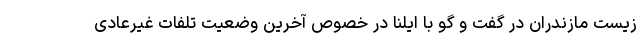
زیست مازندران در گفت و گو با ایلنا در خصوص آخرین وضعیت تلفات غیرعادی